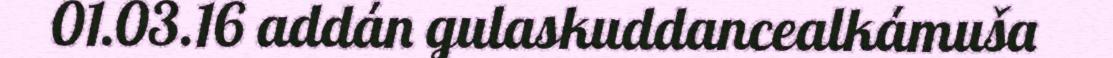
01.03.16 addán gulaskuddancealkámuša